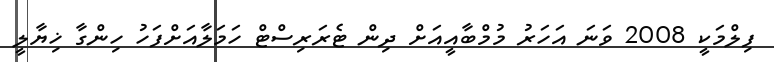
ފިލްމަކީ 2008 ވަނަ އަހަރު މުމްބާއީއަށް ދިން ޓެރަރިސްޓް ހަމަލާއަށްފަހު ހިންގާ ޚިޔާލީ